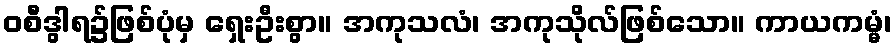
ဝစီဒွါရ၌ဖြစ်ပုံမှ ရှေးဦးစွာ။ အကုသလံ၊ အကုသိုလ်ဖြစ်သော။ ကာယကမ္မံ၊